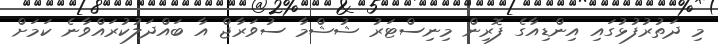
މި ދަތުރުފުޅުގައި އިންޑިއާގެ ފޮރިން މިނިސްޓަރު ޝުޝްމާ ސުވަރާޖް އާ ބައްދަލުކުރައްވާނެ ކަމަށް